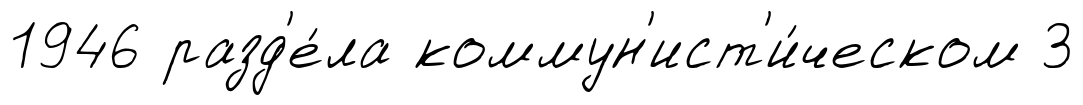
1946 разд'е́ла коммун'ист'и́ческом 3